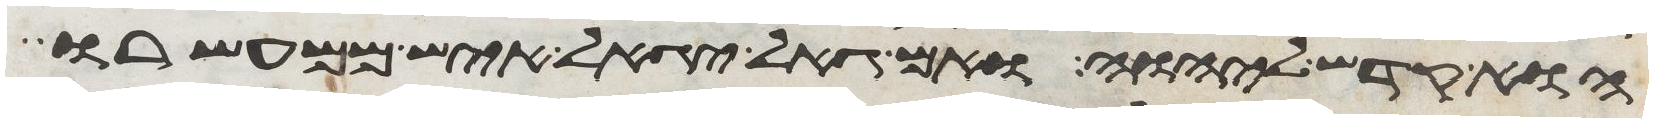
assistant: הוא קדש ליהוה ואם גאל יגאל איש ממעשרו